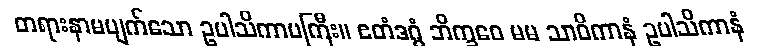
တရားနာမပျက်သော ဥပါသိကာမကြီး။ ဧတံဒဂ္ဂံ ဘိက္ခဝေ မမ သာဝိကာနံ ဥပါသိကာနံ